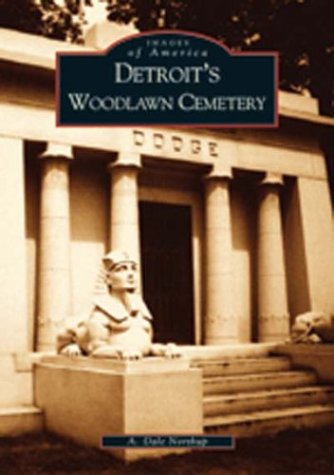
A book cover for Detroit's  Woodlawn  Cemetery  (MI)   (Images  of  America); A.  Dale  Northup; Travel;